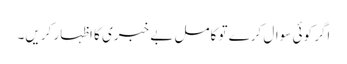
اگر کوئی سوال کرے تو کامل بے خبری کا اظہار کریں۔